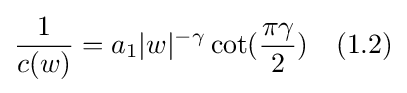
{\frac {1}{c(w)}}=a_{1}|w|^{-\gamma }\cot({\frac {\pi \gamma }{2}})\quad (1.2)